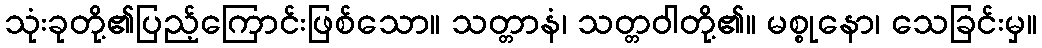
သုံးခုတို့၏ပြည့်ကြောင်းဖြစ်သော။ သတ္တာနံ၊ သတ္တဝါတို့၏။ မစ္စုနော၊ သေခြင်းမှ။